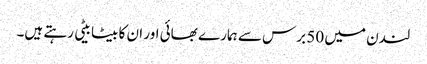
لندن میں 50 برس سے ہمارے بھائی اور ان کا بیٹا بیٹی رہتے ہیں۔